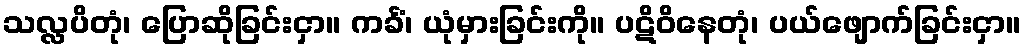
သလ္လပိတုံ၊ ပြောဆိုခြင်းငှာ။ ကင်္ခံ၊ ယုံမှားခြင်းကို။ ပဋိဝိနေတုံ၊ ပယ်ဖျောက်ခြင်းငှာ။